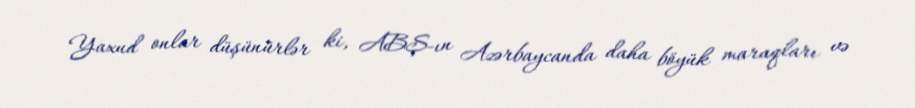
Yaxud onlar düşünürlər ki, ABŞ-ın Azərbaycanda daha böyük maraqları və